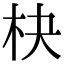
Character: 㭈